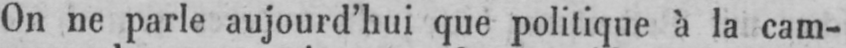
On ne parle aujourd’hui que politique à la cam-